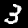
Digit: 3